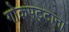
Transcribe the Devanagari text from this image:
गोकपट्टाना